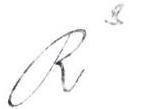
R3